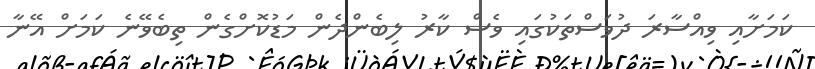
ކަމަށާއި ވިއްސާރަ ދުވަސްތަކުގައި ވެސް ކާރު ލިބެންދެން މަޑުކޮށްގެން ތިބެވޭނެ ކަމަށް އޭނާ